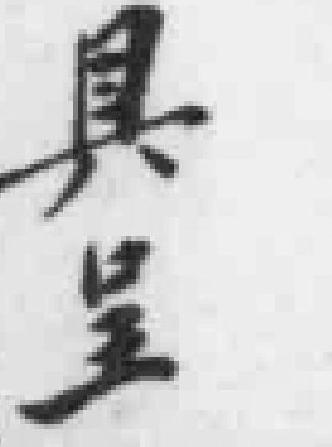
具呈